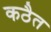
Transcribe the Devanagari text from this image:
कठैत